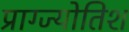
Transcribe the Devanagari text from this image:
प्राग्ज्योतिश